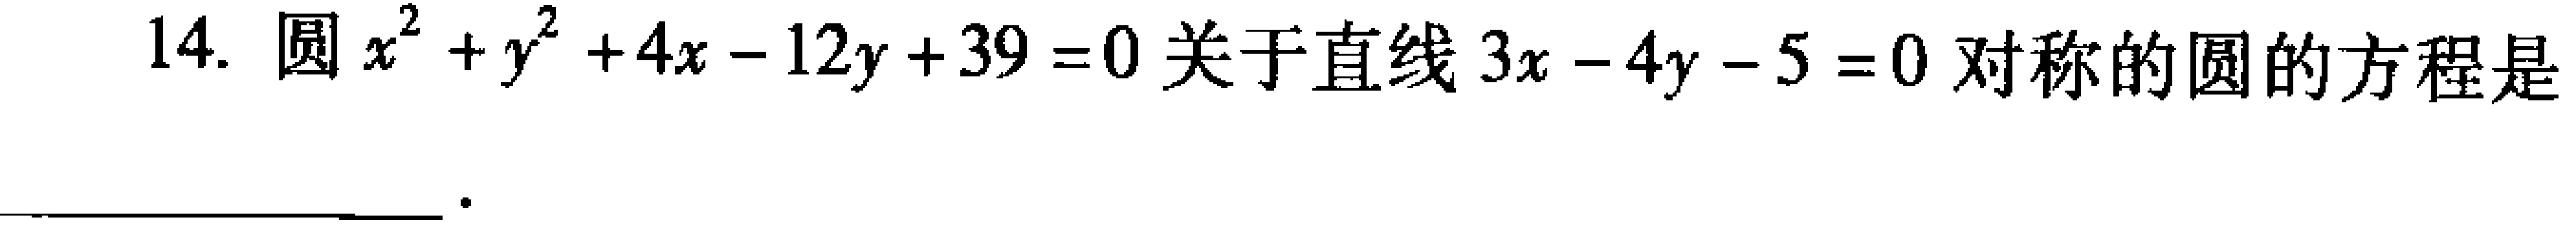
14. 圆\(x^{2}+y^{2}+4x - 12y + 39 = 0\)关于直线\(3x - 4y - 5 = 0\)对称的圆的方程是  。